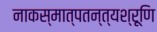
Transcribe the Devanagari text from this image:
नाकस्मात्पतन्त्यश्रूणि